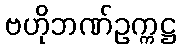
ဗဟိုဘဏ်ဥက္ကဋ္ဌ